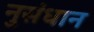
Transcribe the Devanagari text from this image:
नुसंधान